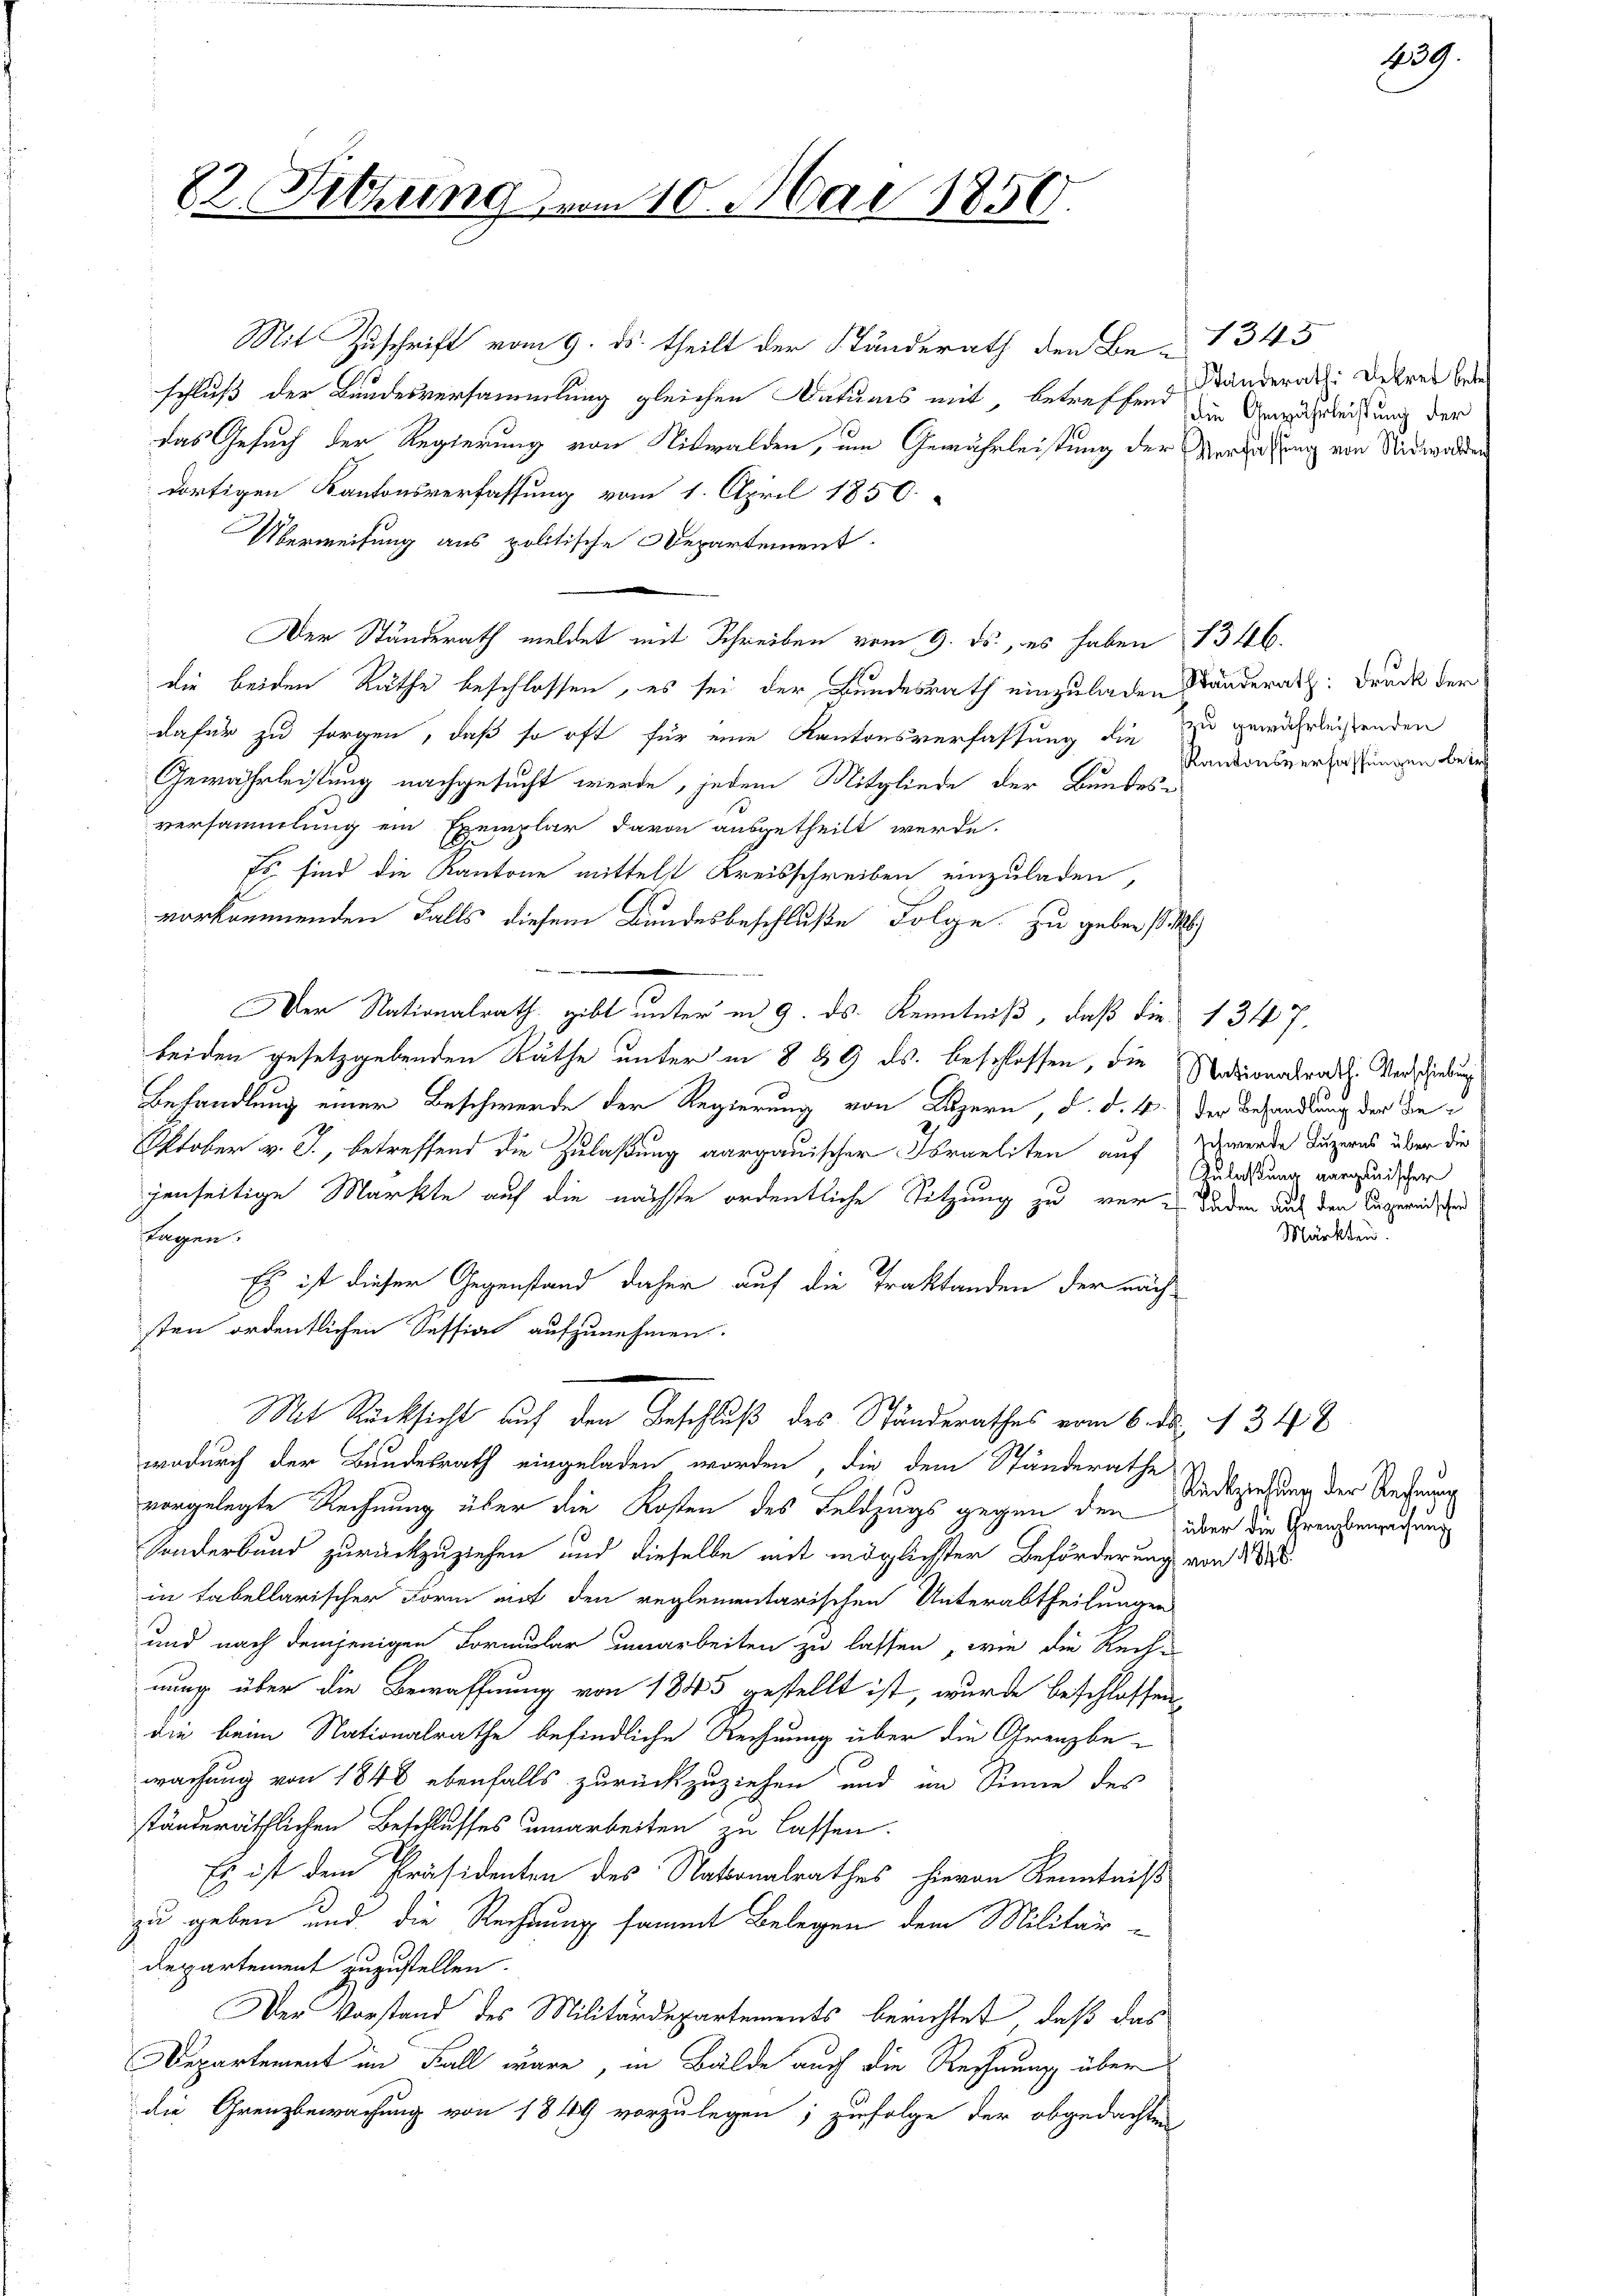
82. Sitzung

Mit Zuschrift vom 9. ds. theilt der Stunderath den Be-1345
schluß der Bundesversammlung gleichen Datums mit, betreffend
das Gesuch der Regierung von Nidwalden, um Gewährleistung der Verlassung von Nidwalden
dortigen Kantonsverfassung vom 1. April 1850.
Überweisung aus politische Departement.
Der Ständerath meldet mit Schreiben vom 9. ds., es haben
die beiden Räthe beschlossen, es sei der Bundesrath einzuladen Standerath. Druck der
dafür zu sorgen, daß so oft für eine Kantonsverfassung die
Gewährleistung nachgesucht werde, jedem Mitgliede der Bundesversammlung ein Exemplar davon ausgetheilt werde.
 sind die Kantone mittelst Kreisschreiben einzuladen,
vorkommenden Falls diesem Bundesbeschluße Folge zu geben si
Der Nationalrath gibt unter in 9. ds. Kenntniß, daß die
beiden gesetzgebenden Räthe unter in 8 49 ds. beschlossen, die Nationalrath Verschiedung
Behandlung einer Beschwerde der Regierung von Luzern, d. d. 4
Oktober v. J., betreffend die Zulaßung aargauischer Israeliten auf
jenseitige Markte auf die nächste ordentliche Sitzung zu ver¬
Lugnn
Es ist dieser Gegenstand daher auf die Traktanden der näch
sten ordentlichen Session aufzunehmen.
Mit Rücksicht auf den Anschluß des Ständerathes vom 6. d. 1348
wodurch der Bundesrath eingeladen worden, die dem Ständerathe
vorgelegte Rechnung über die Kosten des Feldzugs gegen den über die Grenzeneidung
Sonderbund zurückzuziehen und dieselbe mit möglichster Beförderung von 1888
in tabellarischer Form auf den reglementarischen Unterabtheilungen
und nach demjenigen Formular umarbeiten zu lassen, wie die Rech-
nung über die Bewaffnung von 1845 gestellt ist, wurde beschlossen
die beim Nationalrathe befindliche Rechnung über die Grenzbe-
wachung von 1848 ebenfalls zurückzuziehen und im Sinne des
ständeräthlichen Beschlusses umarbeiten zu lassen.
Es ist dem Präsidenten des Nationalrathes hievon Kenntniß
zu geben und die Rechnung sammt Belegen dem Militär¬
Departement zuzustellen.
Der Vorstand des Militärdepartements berichtet, daß das
Departement im Fall wäre, in Bälde auch die Rechnung über
die Grenzbewachung von 1849 vorzulegen; zufolge der obgedachten

210. Mai 1850

Standerath Dekret betr
die Gewährleistung der

1346.
zu gewährleistenden
KKantonsverfassungen betr

9

1347.
der Behandlung der Beschwerde Luzerns über die
Zulaßung aargauischer
Fäden auf den Luzernischen
Märkten.

Rückziehung der Rechnung

2